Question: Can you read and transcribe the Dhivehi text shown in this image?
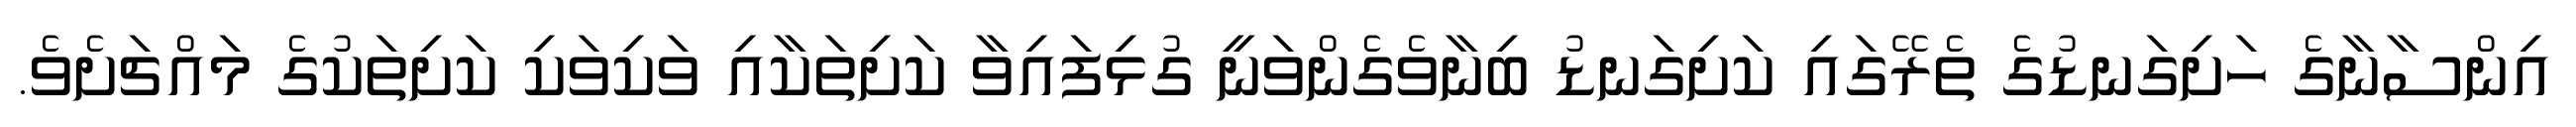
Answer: އިންސާނާގެ ހަށިގަނޑުގެ ތެރޭގައި ކަށިގަނޑު ބިނާވެގެންވަނީ ގުޅިފައިވާ ކަށިތަކާއި ވަކިވަކި ކަށިތަކުގެ މައްޗަށެވެ.